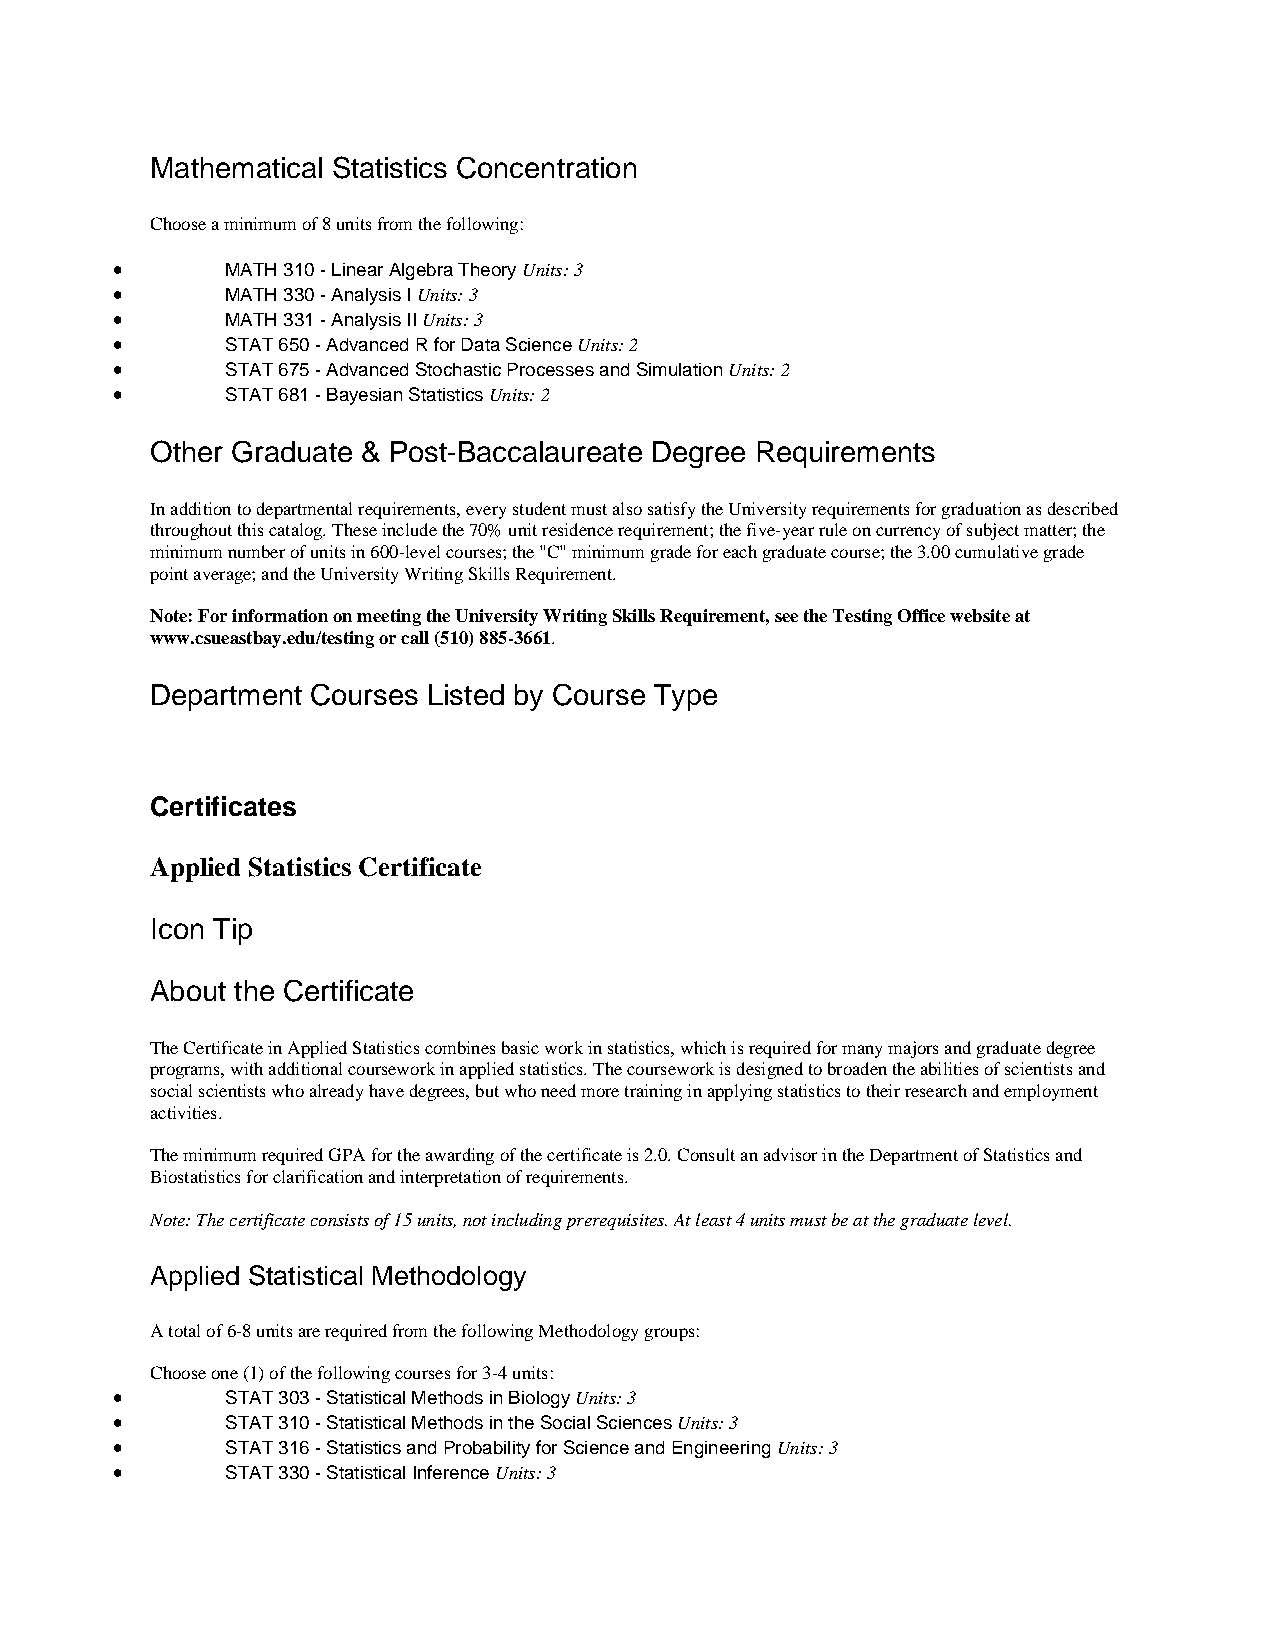
Mathematical Statistics Concentration
 Choose a minimum of 8 units from the following:
 •       MATH 310 - Linear Algebra Theory Units: 3
 •       MATH 330 - Analysis I Units: 3
 •       MATH 331 - Analysis II Units: 3
 •       STAT 650 - Advanced R for Data Science Units: 2
 •       STAT 675 - Advanced Stochastic Processes and Simulation Units: 2
 •       STAT 681 - Bayesian Statistics Units: 2
 Other Graduate & Post-Baccalaureate Degree Requirements
 In addition to departmental requirements, every student must also satisfy the University requirements for graduation as described
 throughout this catalog. These include the 70% unit residence requirement; the five-year rule on currency of subject matter; the
 minimum number of units in 600-level courses; the "C" minimum grade for each graduate course; the 3.00 cumulative grade
 point average; and the University Writing Skills Requirement.
 Note: For information on meeting the University Writing Skills Requirement, see the Testing Office website at
 www.csueastbay.edu/testing or call (510) 885-3661.
 Department Courses Listed by Course Type
 Certificates
 Applied Statistics Certificate
 Icon Tip
 About the Certificate
 The Certificate in Applied Statistics combines basic work in statistics, which is required for many majors and graduate degree
 programs, with additional coursework in applied statistics. The coursework is designed to broaden the abilities of scientists and
 social scientists who already have degrees, but who need more training in applying statistics to their research and employment
 activities.
 The minimum required GPA for the awarding of the certificate is 2.0. Consult an advisor in the Department of Statistics and
 Biostatistics for clarification and interpretation of requirements.
 Note: The certificate consists of 15 units, not including prerequisites. At least 4 units must be at the graduate level.
 Applied Statistical Methodology
 A total of 6-8 units are required from the following Methodology groups:
 Choose one (1) of the following courses for 3-4 units:
 •       STAT 303 - Statistical Methods in Biology Units: 3
 •       STAT 310 - Statistical Methods in the Social Sciences Units: 3
 •       STAT 316 - Statistics and Probability for Science and Engineering Units: 3
 •       STAT 330 - Statistical Inference Units: 3